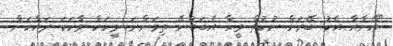
"އޭނާއާ އެކު ބޭރަށް ނުކުތް މީހާ އެބަބުނޭ ތިމަންނަ މީހަކާ ވާހަކަ ދައްކަން